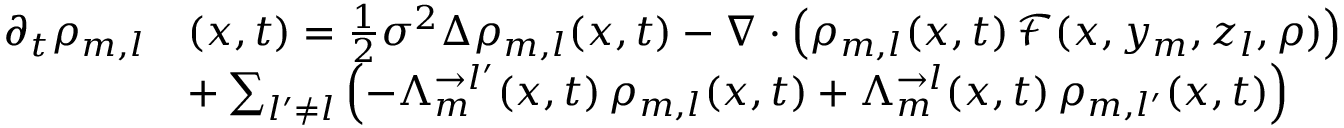
\begin{array} { r l } { \partial _ { t } \rho _ { m , l } } & { ( x , t ) = \frac { 1 } { 2 } \sigma ^ { 2 } \Delta \rho _ { m , l } ( x , t ) - \nabla \cdot \left( \rho _ { m , l } ( x , t ) \, \mathcal F ( x , y _ { m } , z _ { l } , \rho ) \right) } \\ & { + \sum _ { l ^ { \prime } \neq l } \left( - \Lambda _ { m } ^ { \rightarrow l ^ { \prime } } ( x , t ) \, \rho _ { m , l } ( x , t ) + \Lambda _ { m } ^ { \rightarrow l } ( x , t ) \, \rho _ { m , l ^ { \prime } } ( x , t ) \right) } \end{array}